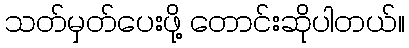
သတ်မှတ်ပေးဖို့ တောင်းဆိုပါတယ်။